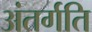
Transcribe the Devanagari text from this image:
अंतर्गति